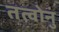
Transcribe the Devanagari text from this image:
तत्वोनुं